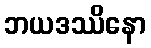
ဘယဒဿိနော